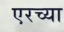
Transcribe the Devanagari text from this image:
एरच्या